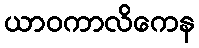
ယာဝကာလိကေန